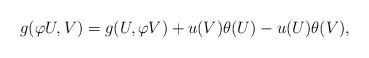
LaTeX: \begin{align*}g(\varphi U,V)=g(U,\varphi V)+u(V)\theta (U)-u(U)\theta (V), \end{align*}